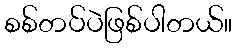
စစ်တပ်ပဲဖြစ်ပါတယ်။